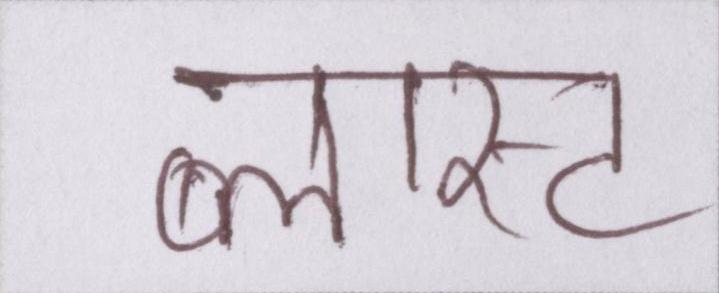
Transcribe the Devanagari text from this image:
ब्लास्ट